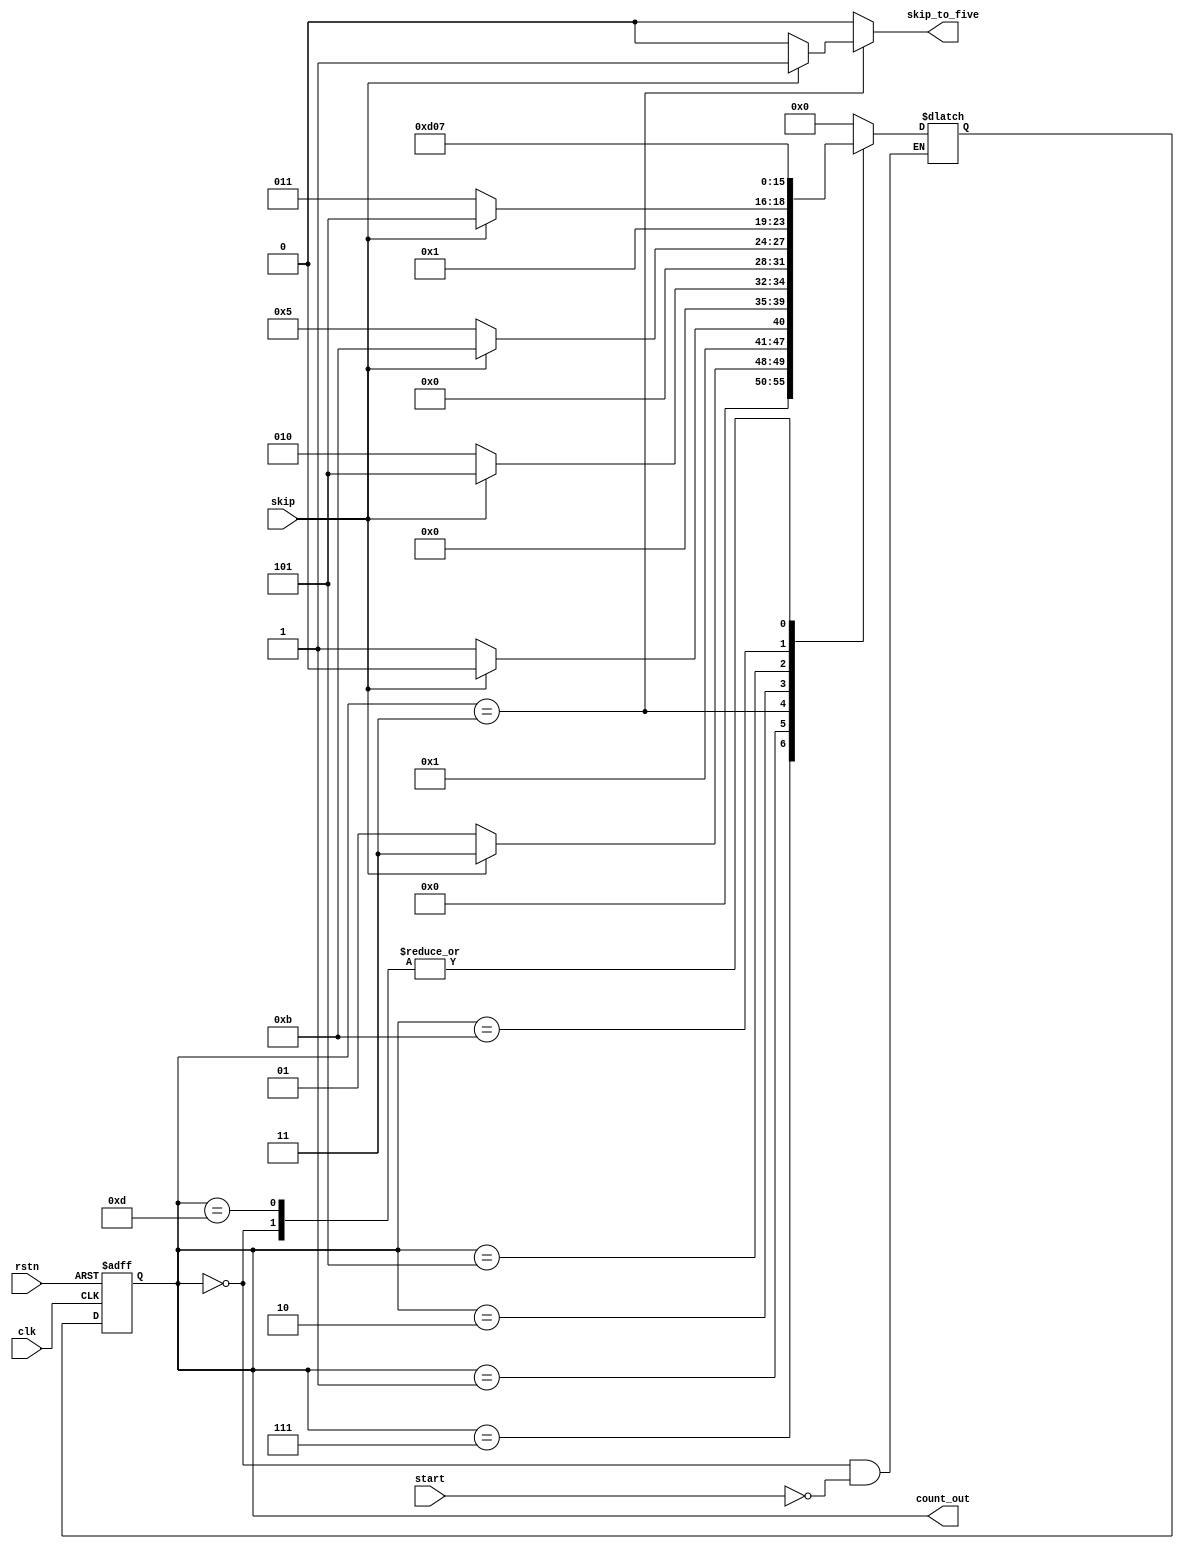
`timescale 1 ns/1 ns

module FSM_counter_v3( clk, rstn, start, skip, skip_to_five, count_out);
	input 	clk, rstn, start, skip;
	output	skip_to_five; 
	output	[7:0] count_out;
	
	reg		[7:0] Next_Count,count_out; 
	reg		skip_to_five;
	
	//sequential circuit
	always@(posedge clk or negedge rstn)
	begin
		if(!rstn)
		count_out	 <= 'd0;		
		else 
		count_out	 <= Next_Count;
		//skip_to_five <= Next_Skip_to_five;
	end
	
	//combinational circuit
	always@(*)
	begin
		skip_to_five <= 'b0;
		case(count_out)
		8'd0 : if(start == 1'b1)
				Next_Count <= 'd7;		 
		8'd7 : if(skip == 1'b1)
				Next_Count <= 'd3;
			  else
				Next_Count <= 'd1;
		8'd1 : if(skip == 1'b1)
				Next_Count <= 'd2;
			  else
				Next_Count <= 'd3;
		8'd3 : if(skip == 1'b1)begin
				Next_Count   <= 'd5;
				skip_to_five <= 'b1;
				end
			   else
				Next_Count <= 'd2;
		8'd2 : if(skip == 1'b1)
				Next_Count <= 'd11;
			   else
				Next_Count <= 'd5;
		8'd5 : if(skip == 1'b1)begin
				Next_Count <= 'd13;
				
				end
			  else
				Next_Count <= 'd11;
		8'd11 : Next_Count <= 'd13;
		8'd13 : Next_Count <= 'd7;
		default : begin
				  Next_Count <='d0;
				  skip_to_five <= 'b0;
				  end
		endcase	
	end
	
	
		
endmodule